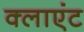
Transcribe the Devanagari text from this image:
क्‍लाएंट